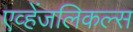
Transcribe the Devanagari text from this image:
एव्हेंजलिकल्स